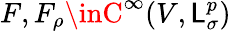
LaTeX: F,F_{\rho}\inC^{\infty}(V,\mathsf{L}_{\sigma}^{p})